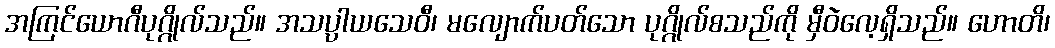
အကြင်ယောဂီပုဂ္ဂိုလ်သည်။ အသပ္ပာယသေဝီ၊ မလျောက်ပတ်သော ပုဂ္ဂိုလ်စသည်ကို မှီဝဲလေ့ရှိသည်။ ဟောတိ၊